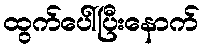
ထွက်ပေါ်ပြီးနောက်